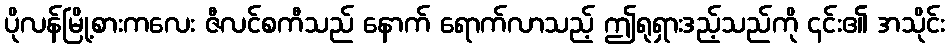
ပိုလန်မြို့စားကလေး ဇီလင်စကီသည် နောက် ရောက်လာသည့် ဤရုရှားဒည့်သည်ကို ၎င်း၏ အသိုင်း